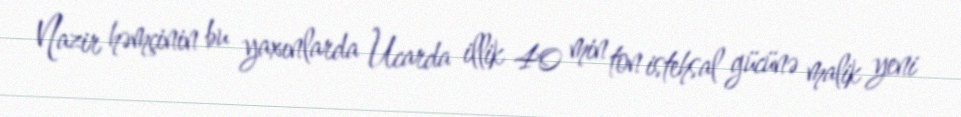
Nazir həmçinin bu yaxınlarda Ucarda illik 40 min ton istehsal gücünə malik yeni